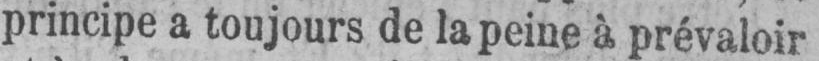
principe a toujours de la peine à prévaloir